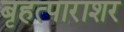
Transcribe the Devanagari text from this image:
बृहत्पाराशर